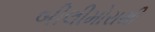
બીલીમોરાથી